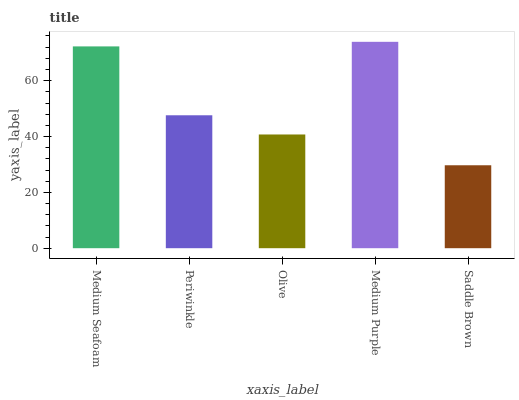
| xaxis_label | bars |
 | --- | --- |
 | Medium Seafoam | 72.3 |
 | Periwinkle | 47.6 |
 | Olive | 40.7 |
 | Medium Purple | 73.9 |
 | Saddle Brown | 29.7 |